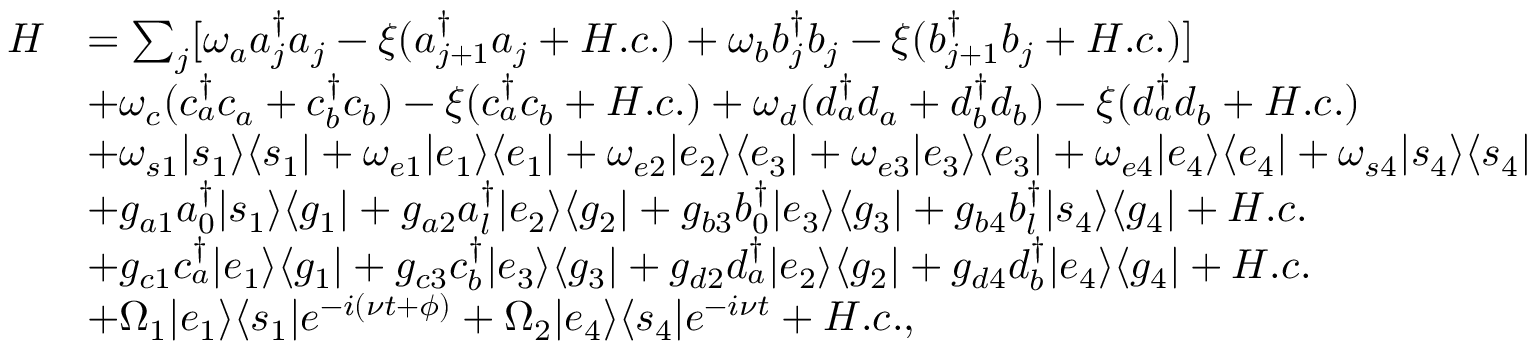
\begin{array} { r l } { H } & { = \sum _ { j } [ \omega _ { a } a _ { j } ^ { \dag } a _ { j } - \xi ( a _ { j + 1 } ^ { \dag } a _ { j } + H . c . ) + \omega _ { b } b _ { j } ^ { \dag } b _ { j } - \xi ( b _ { j + 1 } ^ { \dag } b _ { j } + H . c . ) ] } \\ & { + \omega _ { c } ( c _ { a } ^ { \dag } c _ { a } + c _ { b } ^ { \dag } c _ { b } ) - \xi ( c _ { a } ^ { \dag } c _ { b } + H . c . ) + \omega _ { d } ( d _ { a } ^ { \dag } d _ { a } + d _ { b } ^ { \dag } d _ { b } ) - \xi ( d _ { a } ^ { \dag } d _ { b } + H . c . ) } \\ & { + \omega _ { s 1 } | s _ { 1 } \rangle \langle s _ { 1 } | + \omega _ { e 1 } | e _ { 1 } \rangle \langle e _ { 1 } | + \omega _ { e 2 } | e _ { 2 } \rangle \langle e _ { 3 } | + \omega _ { e 3 } | e _ { 3 } \rangle \langle e _ { 3 } | + \omega _ { e 4 } | e _ { 4 } \rangle \langle e _ { 4 } | + \omega _ { s 4 } | s _ { 4 } \rangle \langle s _ { 4 } | } \\ & { + g _ { a 1 } a _ { 0 } ^ { \dag } | s _ { 1 } \rangle \langle g _ { 1 } | + g _ { a 2 } a _ { l } ^ { \dag } | e _ { 2 } \rangle \langle g _ { 2 } | + g _ { b 3 } b _ { 0 } ^ { \dag } | e _ { 3 } \rangle \langle g _ { 3 } | + g _ { b 4 } b _ { l } ^ { \dag } | s _ { 4 } \rangle \langle g _ { 4 } | + H . c . } \\ & { + g _ { c 1 } c _ { a } ^ { \dag } | e _ { 1 } \rangle \langle g _ { 1 } | + g _ { c 3 } c _ { b } ^ { \dag } | e _ { 3 } \rangle \langle g _ { 3 } | + g _ { d 2 } d _ { a } ^ { \dag } | e _ { 2 } \rangle \langle g _ { 2 } | + g _ { d 4 } d _ { b } ^ { \dag } | e _ { 4 } \rangle \langle g _ { 4 } | + H . c . } \\ & { + \Omega _ { 1 } | e _ { 1 } \rangle \langle s _ { 1 } | e ^ { - i ( \nu t + \phi ) } + \Omega _ { 2 } | e _ { 4 } \rangle \langle s _ { 4 } | e ^ { - i \nu t } + H . c . , } \end{array}